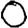
Digit: 0